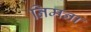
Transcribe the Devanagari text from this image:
निमना